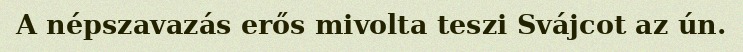
A népszavazás erős mivolta teszi Svájcot az ún.